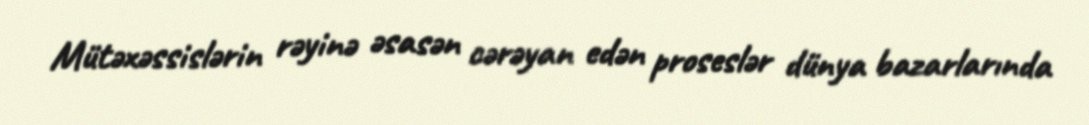
Mütəxəssislərin rəyinə əsasən cərəyan edən proseslər dünya bazarlarında